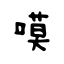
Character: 嗼